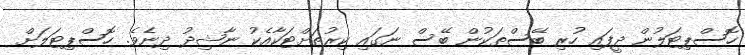
ހޮސްޕިޓަލުން ދީފައި ހުރި ބޭސްތަކުން ބޭސް ނަގައި ކިރުތަށްޓަކާއެކު ނާޝިދު ދިނެވެ. ހޮސްޕިޓަލަށް